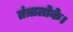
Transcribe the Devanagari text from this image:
तंत्रालोके।